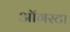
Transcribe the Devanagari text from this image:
ऑगस्‍टा